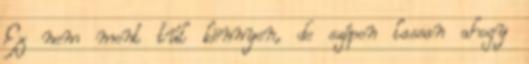
Ez nem ment túl könnyen, de szépen lassan ahogy